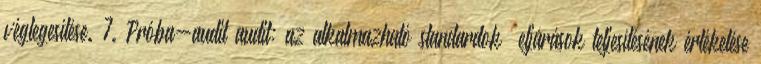
véglegesítése. 7. Próba-audit audit: az alkalmazható standardok eljárások teljesítésének értékelése